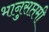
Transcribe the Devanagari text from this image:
भानुसप्तमी